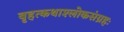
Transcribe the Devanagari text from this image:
बृहत्कथाश्लोकसंग्रहः